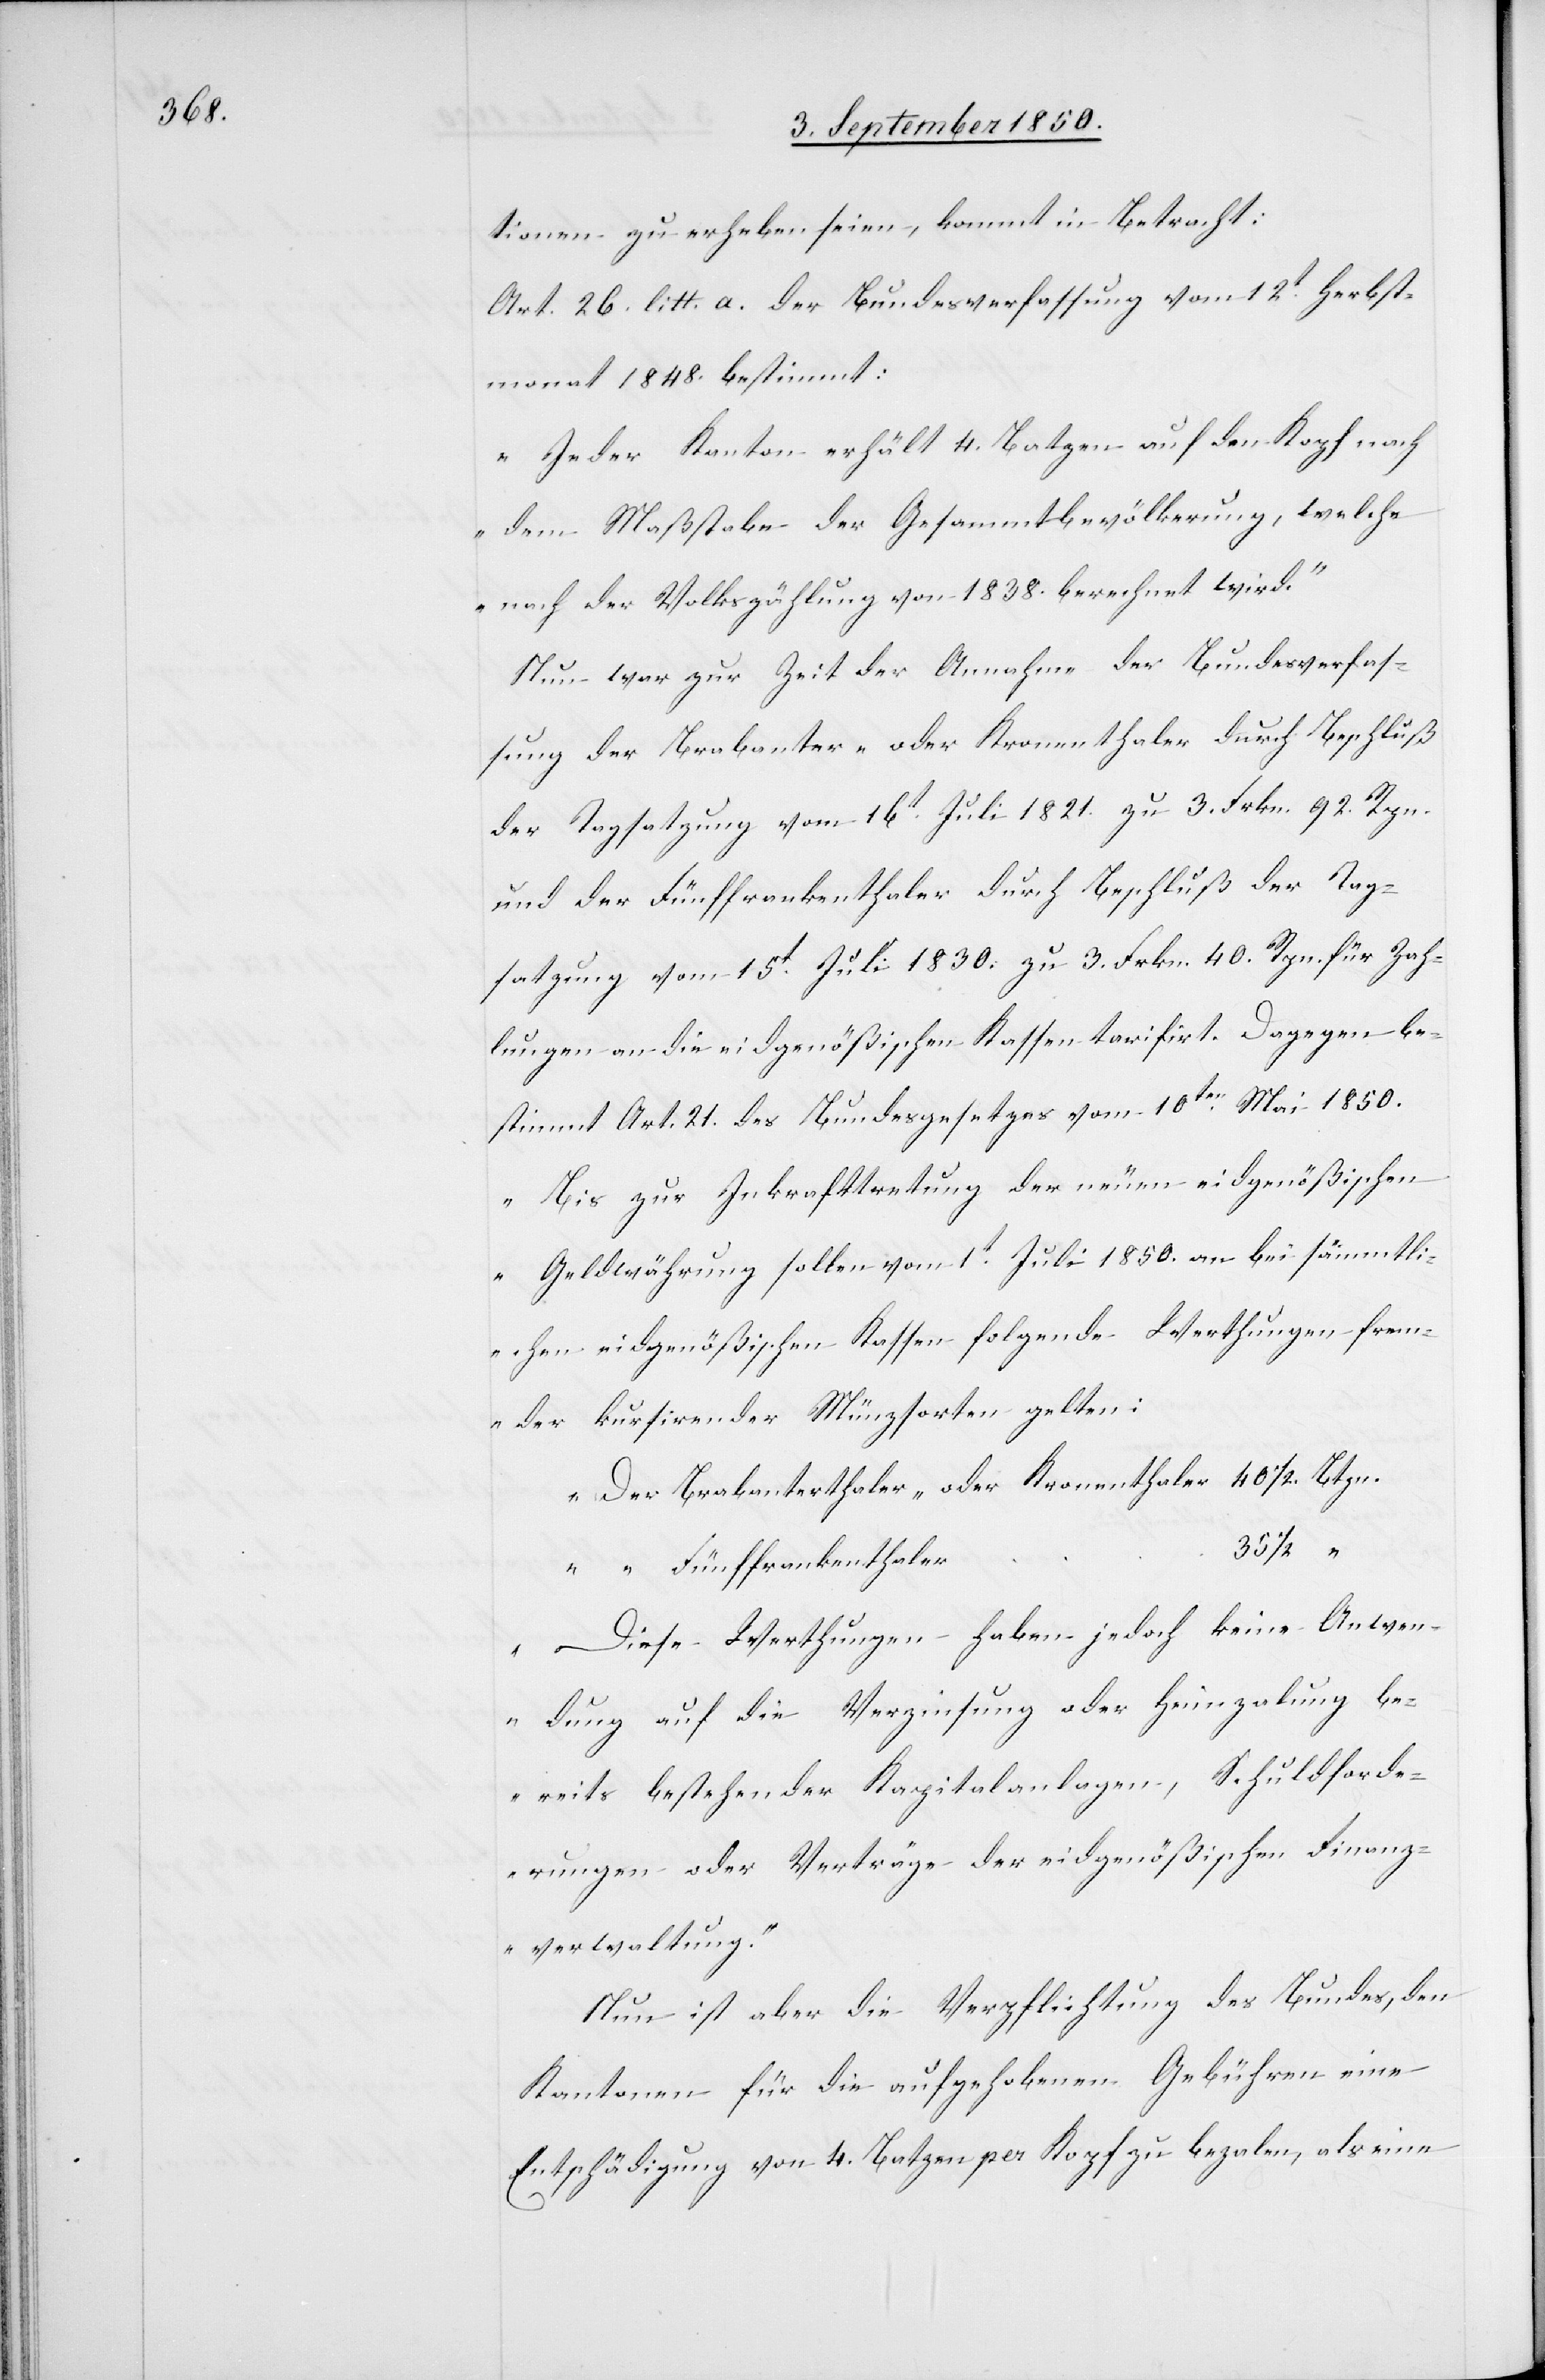
“

tionen zu erheben seien, kommt in Betracht:
Art. 26. litt. a. der Bundesverfassung vom 12t Herbst¬
monat 1848. bestimmt:
„Jeder Kanton erhält 4. Batzen auf den Kopf nach
dem Maßstabe der Gesammtbevölkerung, welche
nach der Volkszählung von 1838. berechnet wird.“
Nun war zur Zeit der Annahme der Bundesverfas¬
sung der Brabanter- oder Kronenthaler durch Beschluß
der Tagsatzung vom 16t Juli 1821. zu 3. Frkn. 92. Rpn.
lungen an die eidgenößischen Kassen tarifirt. Dagegen be¬
stimmt Art. 21. des Bundesgesetzes vom 10ten Mai 1850.
„Bis zur Inkrafttretung der neuen eidgenößischen
Geldwährung sollen vom 1t Juli 1850. an bei sämmtli¬
chen eidgenößischen Kassen folgende Werthungen frem¬
der kursirender Münzsorten gelten:
Der Brabanterthaler- oder Kronenthalter	40 1/2 Btzn.
“
Diese Werthungen haben jedoch keine Anwen¬
dung auf die Verzinsung oder Heimzahlung be¬
reits bestehender Kapitalanlagen, Schuldforde¬
rungen oder Verträge der eidgenößischen Finanz¬
verwaltung.“
Nun ist aber die Verpflichtung des Bundes, den
Kantonen für die aufgehobenen Gebühren eine
Entschädigung von 4. Batzen per Kopf zu bezahlen, als eine

Zah¬